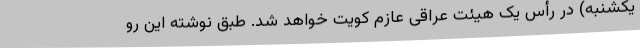
یکشنبه) در رأس یک هیئت عراقی عازم کویت خواهد شد. طبق نوشته این رو